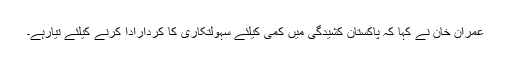
عمران خان نے کہا کہ پاکستان کشیدگی میں کمی کیلئے سہولتکاری کا کردارادا کرنے کیلئے تیارہے۔